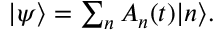
\begin{array} { r } { | \psi \rangle = \sum _ { n } A _ { n } ( t ) | n \rangle . } \end{array}